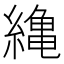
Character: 𦅥